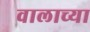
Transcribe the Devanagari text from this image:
वालाच्या